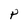
Character: P